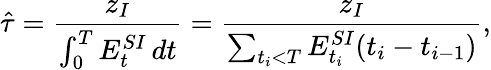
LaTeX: \hat{\tau}=\frac{z_{I}}{\int_{0}^{T}E_{t}^{SI}\, dt}=\frac{z_{I}}{\sum_{t_{i}<T}E_{t_{i}}^{SI}(t_{i}-t_{i-1})},